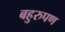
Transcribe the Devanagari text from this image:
बहुरुपण